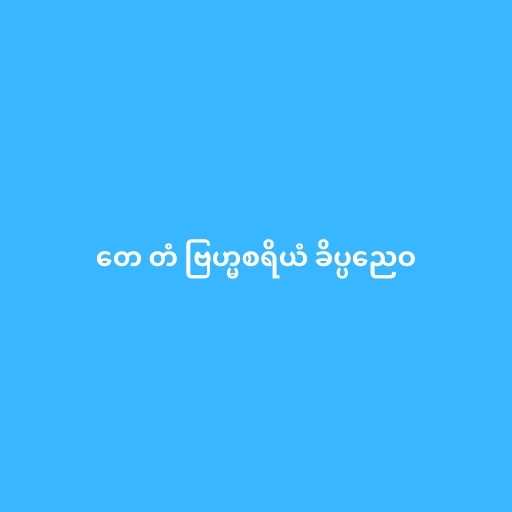
တေ တံ ဗြဟ္မစရိယံ ခိပ္ပညေဝ